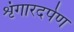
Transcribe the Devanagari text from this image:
शृंगारदर्पण